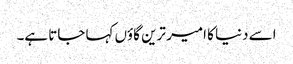
اسے دنیا کا امیر ترین گاؤں کہا جاتا ہے۔